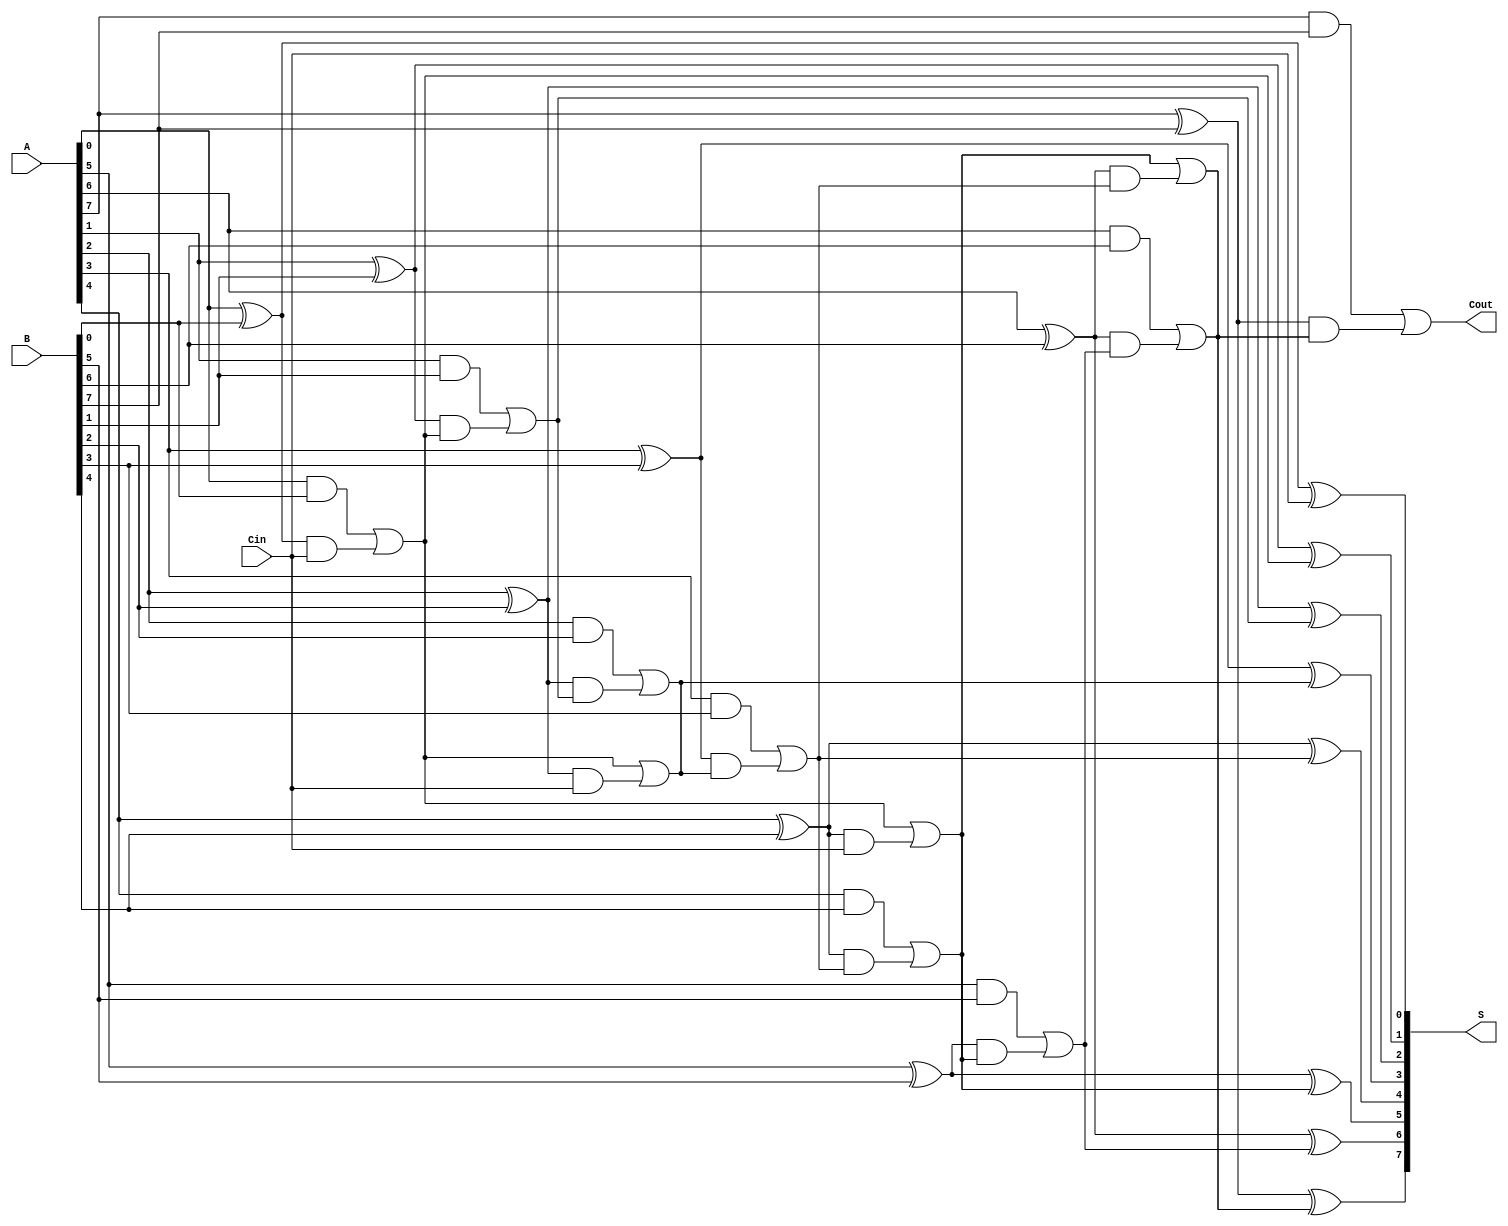
module KoggeStoneAdder #(parameter N = 8) (
    input  [N-1:0] A,      // First operand
    input  [N-1:0] B,      // Second operand
    input          Cin,     // Carry-in
    output [N-1:0] S,      // Sum output
    output         Cout     // Carry-out
);

    // Generate and Propagate signals
    wire [N-1:0] G; // Generate
    wire [N-1:0] P; // Propagate
    wire [N:0] C;   // Carry signals, C[0] = Cin

    // Generate and propagate calculations
    genvar i;
    generate
        for (i = 0; i < N; i = i + 1) begin: gp_gen
            assign G[i] = A[i] & B[i];  // Generate
            assign P[i] = A[i] ^ B[i];  // Propagate
        end
    endgenerate

    // Carry calculation
    assign C[0] = Cin; // Initial carry is Cin

    // Stage 1
    generate
        for (i = 0; i < N; i = i + 1) begin: stage1
            if (i == 0) begin
                assign C[i + 1] = G[i] | (P[i] & C[0]);
            end else begin
                assign C[i + 1] = G[i] | (P[i] & C[i]);
            end
        end
    endgenerate

    // Additional stages
    genvar j, k;
    for (j = 1; j < $clog2(N); j = j + 1) begin: stages
        for (k = 0; k < N; k = k + (1 << (j + 1))) begin: carry_gen
            assign C[k + (1 << j) + 1] = C[k + 1] | (P[k + (1 << j)] & C[k]);
        end
    end

    // Sum calculation
    generate
        for (i = 0; i < N; i = i + 1) begin: sum_gen
            assign S[i] = P[i] ^ C[i]; // Sum calculation
        end
    endgenerate

    // Carry-out
    assign Cout = C[N];

endmodule